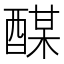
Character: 䤂